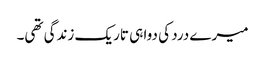
میرے درد کی دوا ہی تاریک زندگی تھی۔